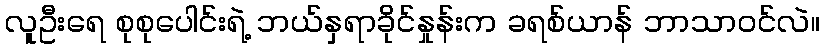
လူဦးရေ စုစုပေါင်းရဲ့ ဘယ်နှရာခိုင်နှုန်းက ခရစ်ယာန် ဘာသာဝင်လဲ။